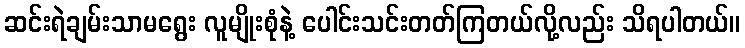
ဆင်းရဲချမ်းသာမရွေး လူမျိုးစုံနဲ့ ပေါင်းသင်းတတ်ကြတယ်လို့လည်း သိရပါတယ်။